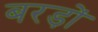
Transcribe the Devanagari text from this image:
बरड़ों